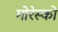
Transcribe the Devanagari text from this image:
मोरेस्को